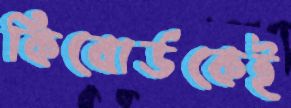
কিবোর্ডকেই